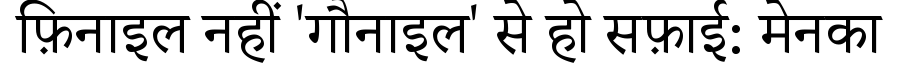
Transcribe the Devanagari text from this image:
फ़िनाइल नहीं 'गौनाइल' से हो सफ़ाई: मेनका